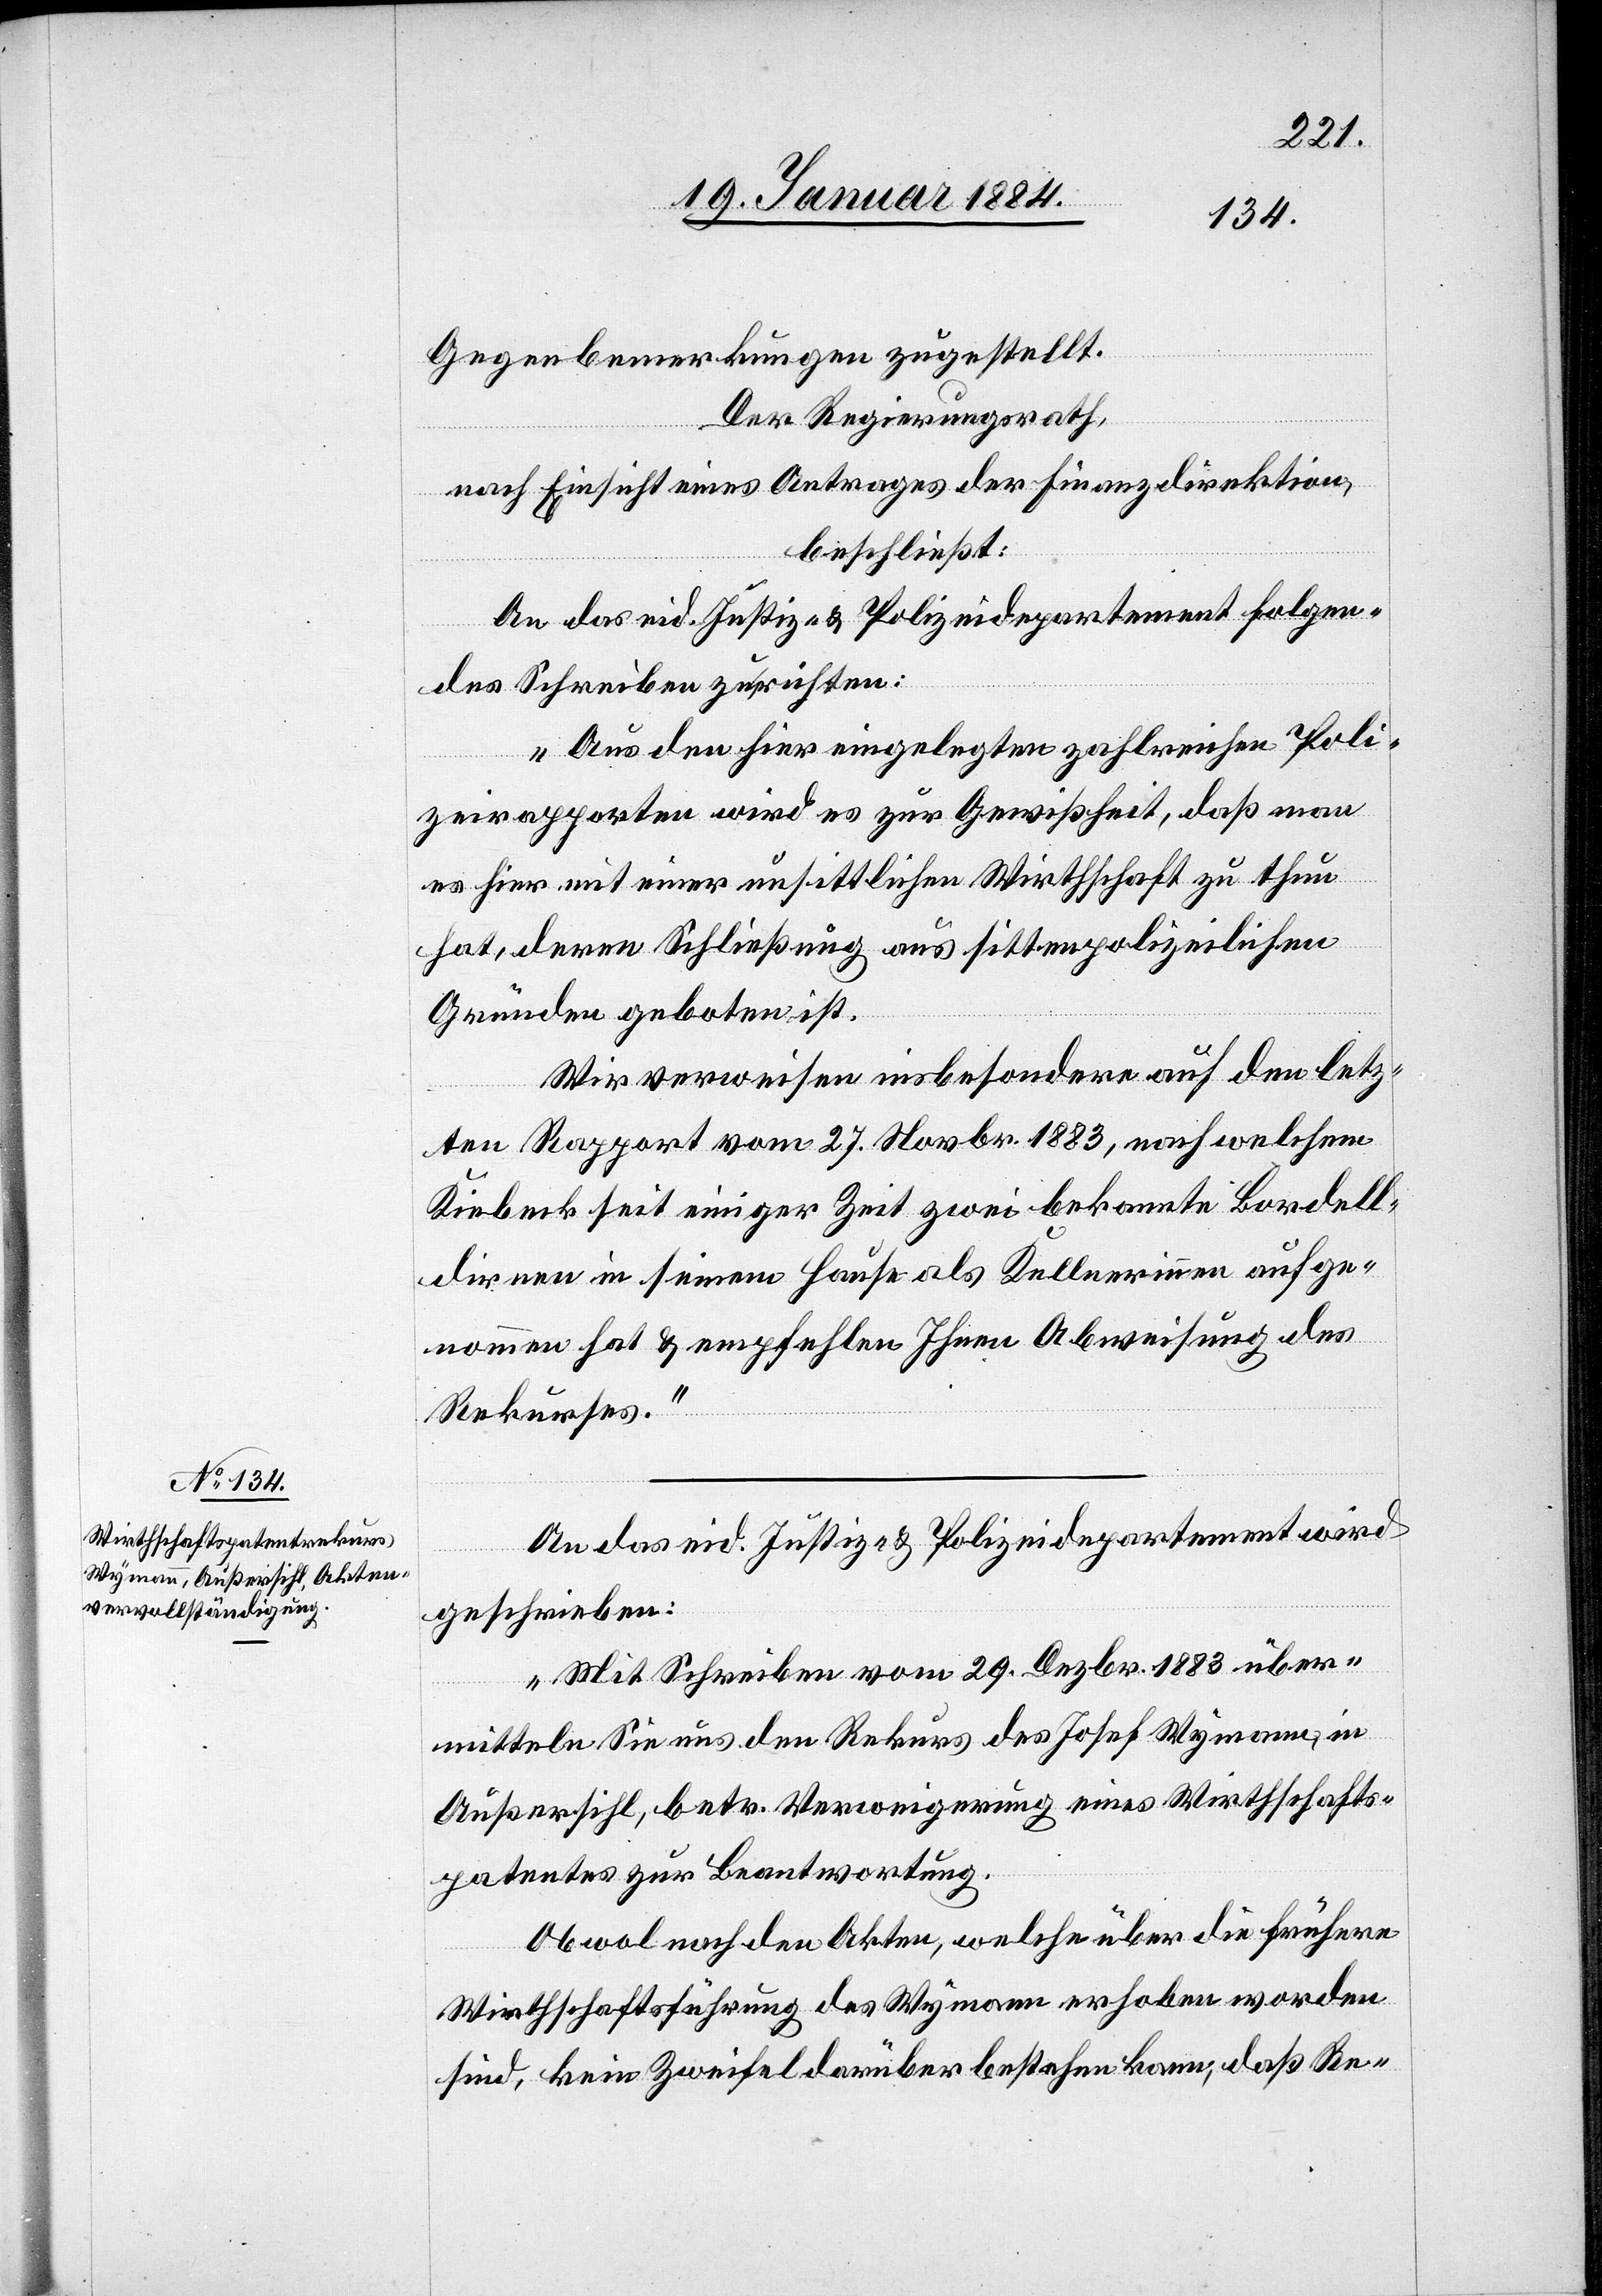
Gegenbemerkungen zugestellt.
Der Regierungsrath,
nach Einsicht eines Antrages der Finanzdirektion,
beschließt:
An das eid. Justiz- & Polizeidepartement folgen¬
des Schreiben zu richten:
„Aus den hier eingelegten zahlreichen Poli¬
zeirapporten wird es zur Gewißheit, daß man
es hier mit einer unsittlichen Wirthschaft zu thun
hat, deren Schließung aus sittenpolizeilichen
Gründen geboten ist.
Wir verweisen insbesondere auf den letz¬
ten Rapport vom 27. Novbr. 1883, nach welchem
Kiebeck seit einiger Zeit zwei bekannte Bordell¬
dirnen in seinem Hause als Kellnerinnen aufge¬
nommen hat & empfehlen Ihnen Abweisung des
Rekurses.“
An das eid. Justiz- & Polizeidepartement wird
geschrieben:
„Mit Schreiben vom 29. Dezbr. 1883 über¬
mitteln Sie uns den Rekurs des Josef Wymann, in
Außersihl, betr. Verweigerung eines Wirthschafts¬
patentes zur Beantwortung.
Obwol nach den Akten, welche über die frühere
Wirtschaftsführung des Wymann erhoben worden
sind, kein Zweifel darüber bestehen kann, daß Re-